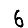
Digit: 6